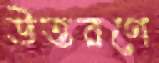
উত্তরণে